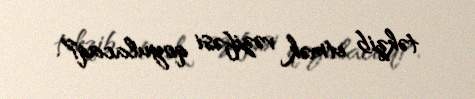
təkzib etmək vəzifəsi qoyulacaq?.